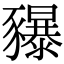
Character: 𧲐